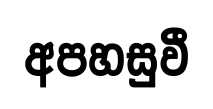
අපහසුවී